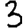
Digit: 3